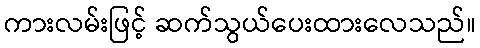
ကားလမ်းဖြင့် ဆက်သွယ်ပေးထားလေသည်။